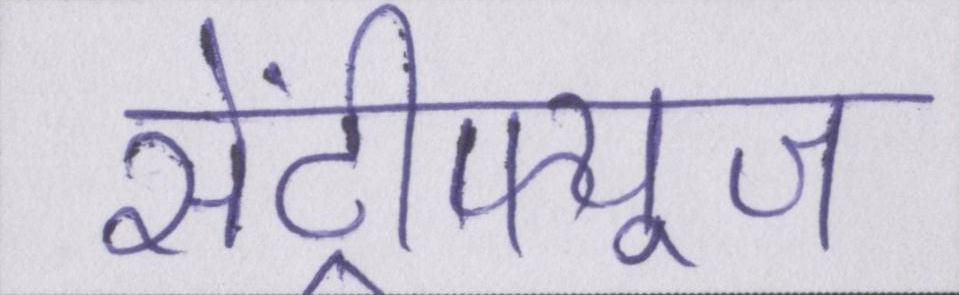
सेंट्रीफ्यूज